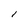
Character: i